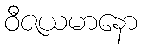
ဝီဇယမာနော